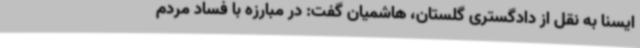
ایسنا به نقل از دادگستری‌ گلستان، هاشمیان گفت: در مبارزه با فساد مردم